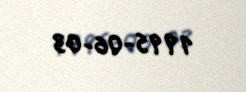
1995-06-03